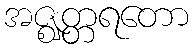
အဇ္ဈတ္တရတော